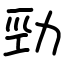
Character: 勁